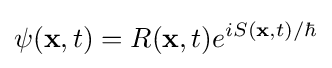
\psi (\mathbf {x} ,t)=R(\mathbf {x} ,t)e^{iS(\mathbf {x} ,t)/\hbar }